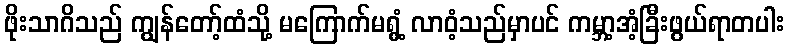
ဖိုးသာဂိသည် ကျွန်တော့်ထံသို့ မကြောက်မရွံ့ လာဝံ့သည်မှာပင် ကမ္ဘာ့အံ့ခြီးဖွယ်ရာတပါး